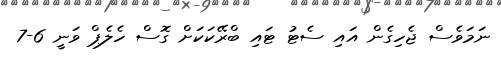
ނަމަވެެސް ޖެހިގެން އައި ސެޓު ޓައި ބްރޭކަކަށް ގޮސް ހެލެޕް ވަނީ 6-7